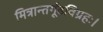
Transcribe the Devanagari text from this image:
मित्रान्तर्गूढविग्रहः।